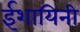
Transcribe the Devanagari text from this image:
ईशायिनी